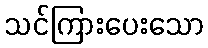
သင်ကြားပေးသော